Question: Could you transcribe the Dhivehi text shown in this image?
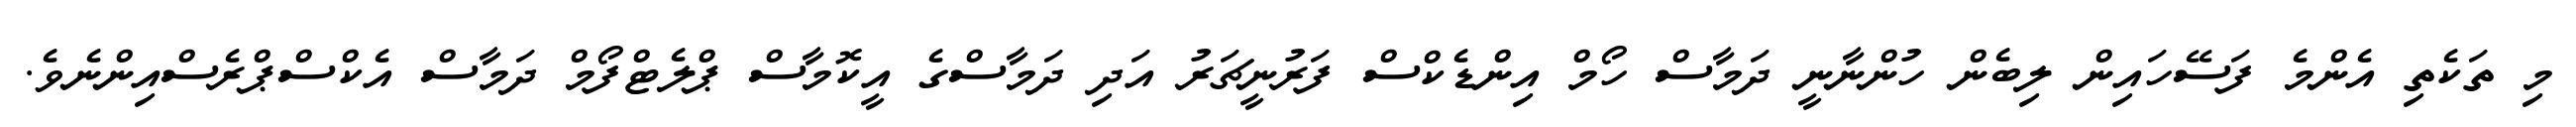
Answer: މި ތަކެތި އެންމެ ފަސޭހައިން ލިބެން ހުންނާނީ ދަމާސް ހޯމް އިންޑެކްސް ފަރުނީޗަރު އަދި ދަމާސްގެ އީކޮމާސް ޕްލެޓްފޯމް ދަމާސް އެކްސްޕްރެސްއިންނެވެ.